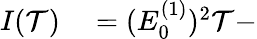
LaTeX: \begin{array}{rl}{I(\mathcal{T})}&{{}=(E_{0}^{(1)})^{2}\mathcal{T}-}\end{array}